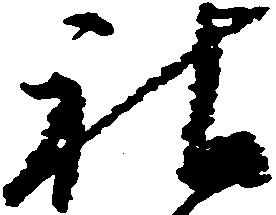
社